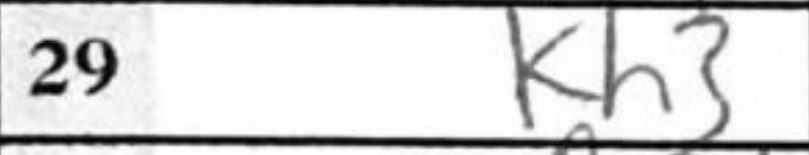
Transcription: Kh3